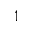
1